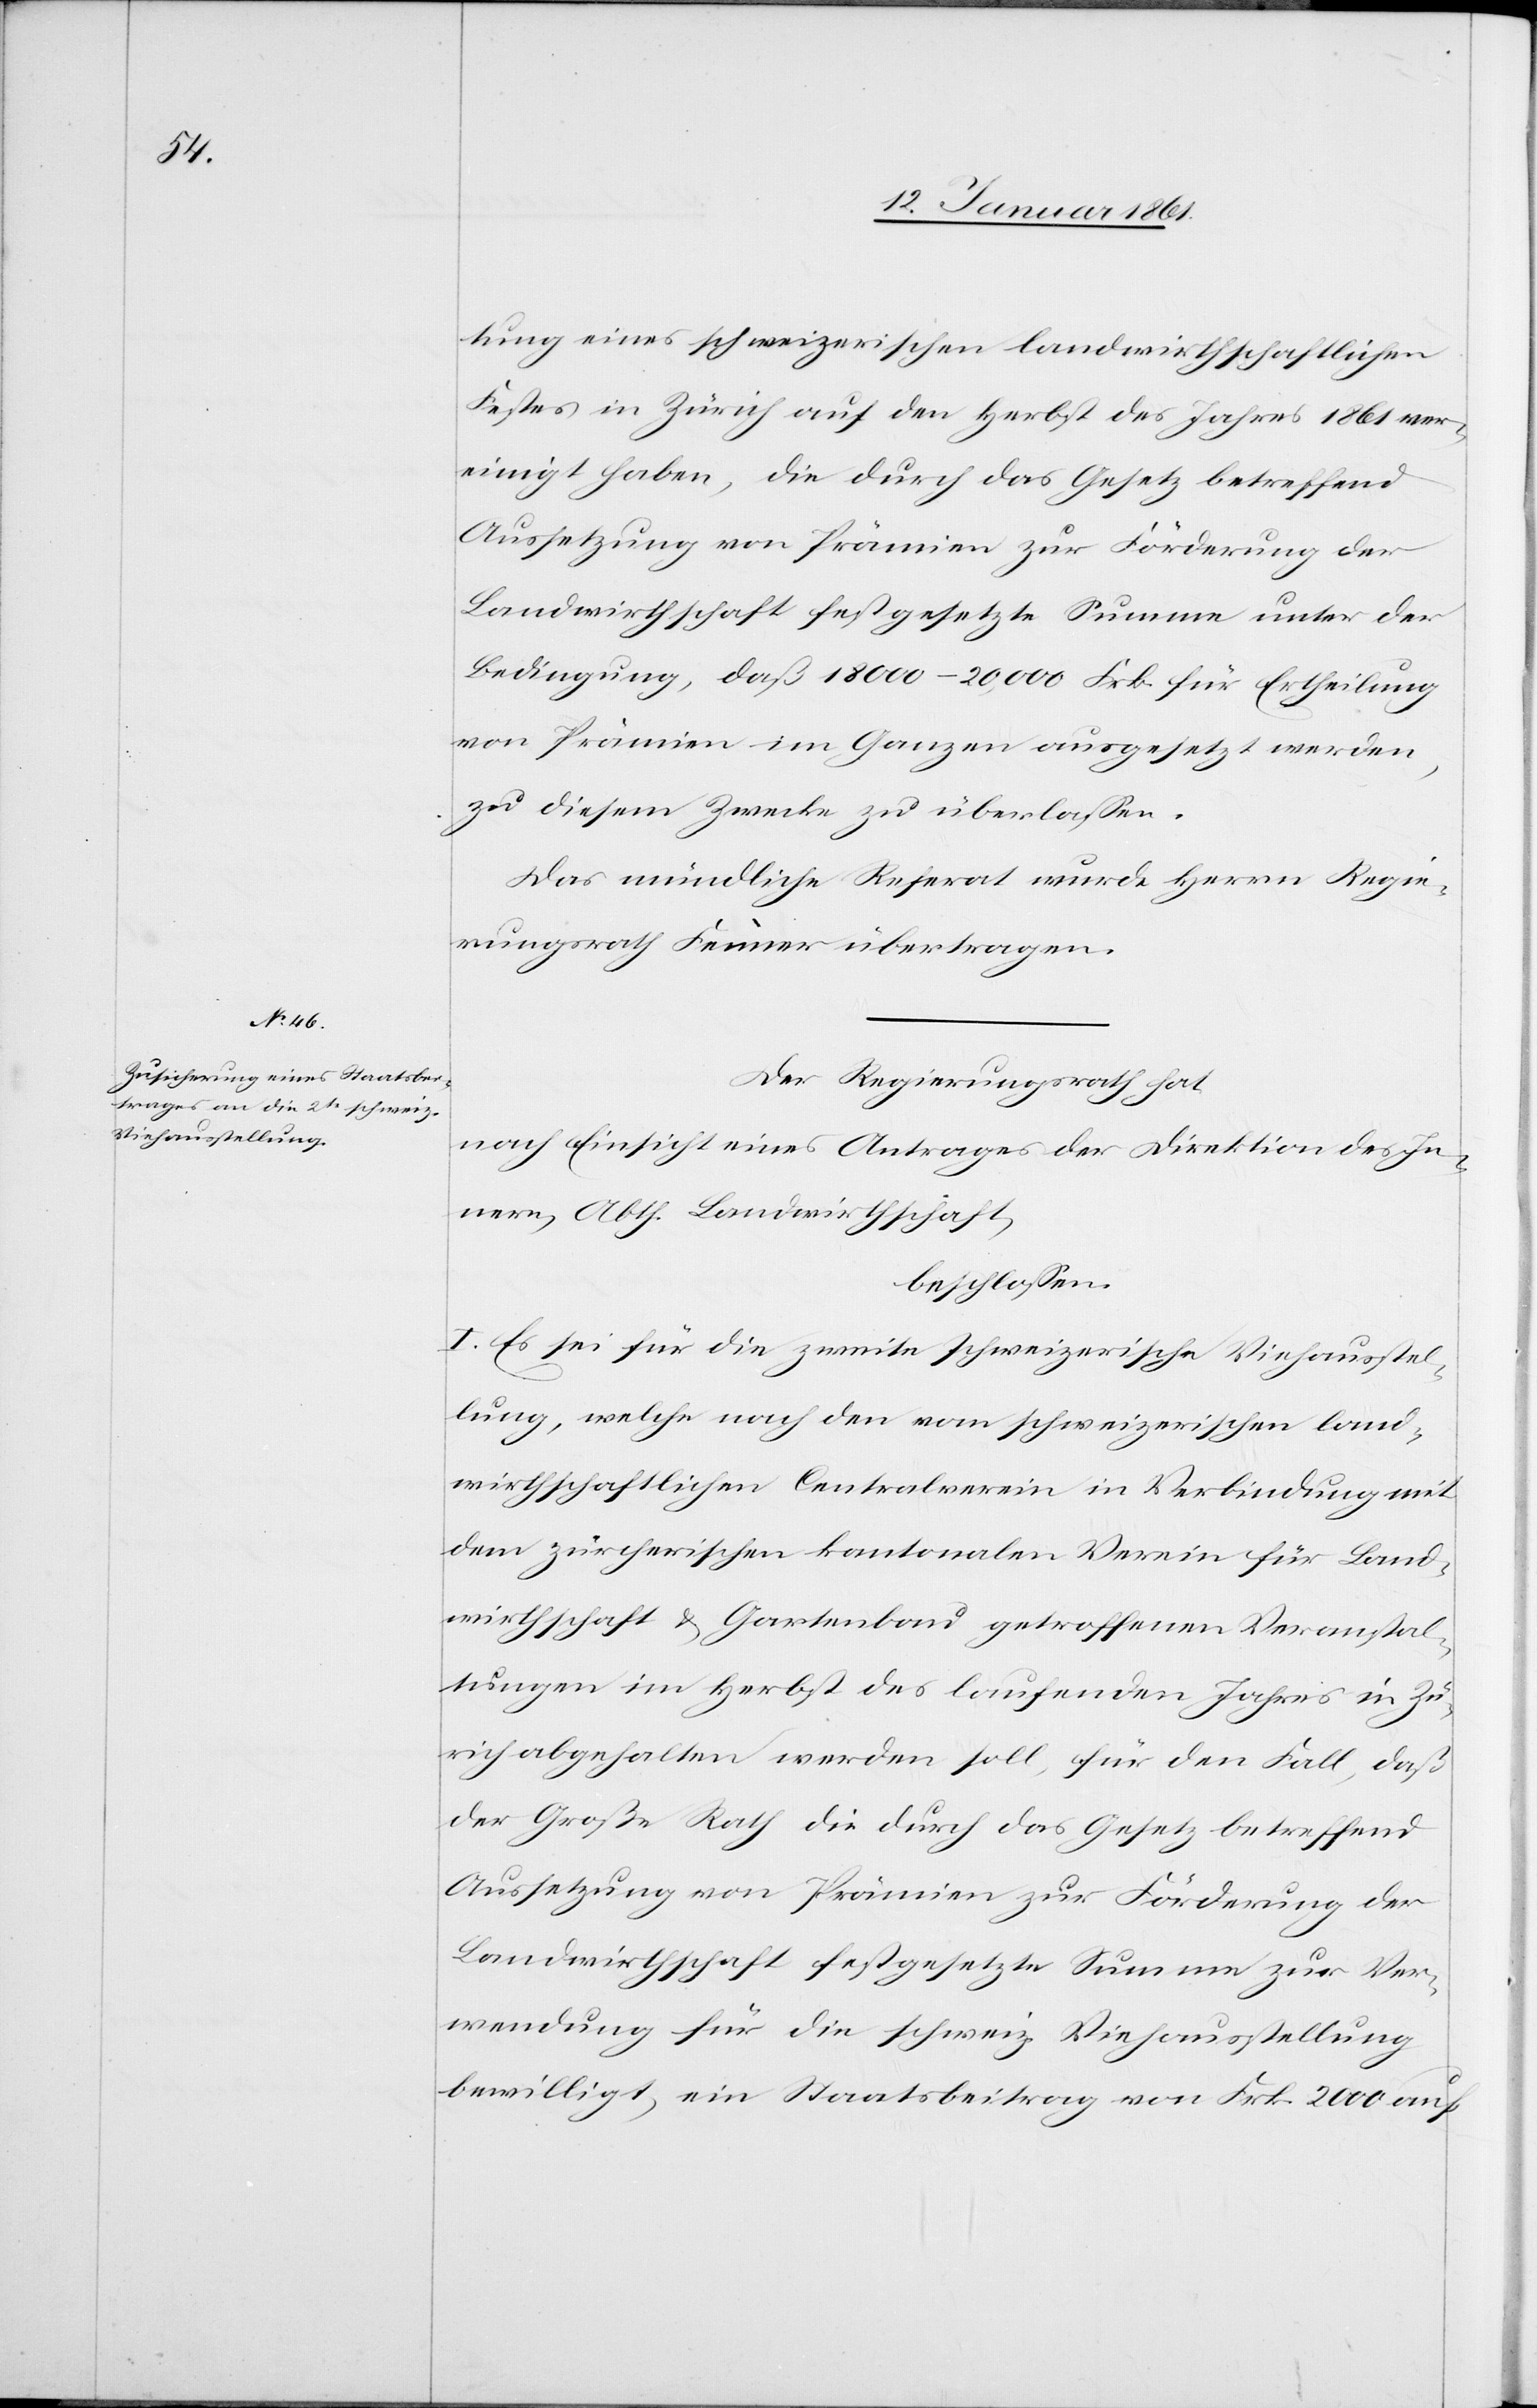
tung eines schweizerischen landwirthschaftlichen
Festes in Zürich auf den Herbst des Jahres 1861 ver¬
einigt haben, die durch das Gesuch betreffend
Aussetzung von Prämien zur Förderung der
Landwirthschaft festgesetzte Summe unter der
Bedingung, daß 18 000–20,000 Frk. für Ertheilung
von Prämien im Ganzen ausgesetzt werden,
zu diesem Zwecke zu überlassen.
Das mündliche Referat wurde Herrn Regie¬
rungsrath Fenner übertragen.
Der Regierungsrath hat,
nach Einsicht eines Antrages der Direktion des In¬
nern, Abth. Landwirthschaft,
beschlossen:
I. Es sei für die zweite schweizerische Viehausstel¬
lung, welche nach der vom schweizerischen land¬
wirthschaftlichen Centralverein in Verbindung mit
dem zürcherischen kantonalen Verein für Land¬
wirthschaft u. Gartenbau getroffenen Veranstal¬
tung im Herbst des laufenden Jahres in Zü¬
rich abgehalten werden soll, für den Fall, daß
der Große Rath die durch das Gesetz betreffend
Aussetzung von Prämien zur Förderung der
Landwirthschaft festgesetzte Summe zur Ver¬
wendung für die schweiz. Viehausstellung
bewilligt, ein Staatsbeitrag von Frk. 2000 auf